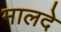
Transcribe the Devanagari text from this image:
मालदे